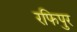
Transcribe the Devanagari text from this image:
रफिपुर